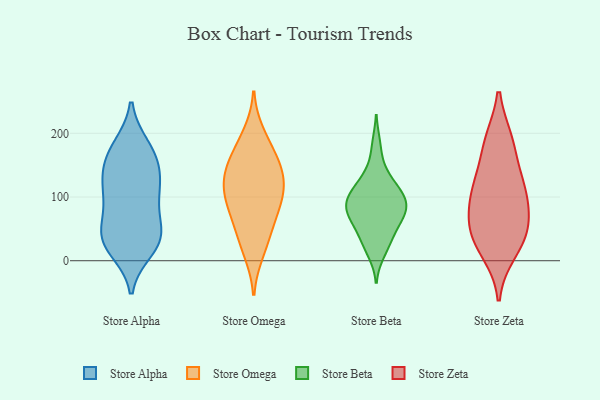
{"axis": {"x": "Bounce Rate (%)", "y": "Value"}, "legend": ["Store Alpha", "Store Beta", "Store Omega", "Store Zeta"], "data": [{"x": "", "y": 37, "type": "Store Alpha"}, {"x": "", "y": 171, "type": "Store Alpha"}, {"x": "", "y": 172, "type": "Store Alpha"}, {"x": "", "y": 29, "type": "Store Alpha"}, {"x": "", "y": 97, "type": "Store Alpha"}, {"x": "", "y": 143, "type": "Store Alpha"}, {"x": "", "y": 179, "type": "Store Alpha"}, {"x": "", "y": 39, "type": "Store Alpha"}, {"x": "", "y": 141, "type": "Store Alpha"}, {"x": "", "y": 73, "type": "Store Alpha"}, {"x": "", "y": 33, "type": "Store Alpha"}, {"x": "", "y": 110, "type": "Store Alpha"}, {"x": "", "y": 18, "type": "Store Alpha"}, {"x": "", "y": 101, "type": "Store Alpha"}, {"x": "", "y": 40, "type": "Store Alpha"}, {"x": "", "y": 130, "type": "Store Alpha"}, {"x": "", "y": 28, "type": "Store Omega"}, {"x": "", "y": 57, "type": "Store Omega"}, {"x": "", "y": 136, "type": "Store Omega"}, {"x": "", "y": 96, "type": "Store Omega"}, {"x": "", "y": 121, "type": "Store Omega"}, {"x": "", "y": 62, "type": "Store Omega"}, {"x": "", "y": 156, "type": "Store Omega"}, {"x": "", "y": 181, "type": "Store Omega"}, {"x": "", "y": 88, "type": "Store Omega"}, {"x": "", "y": 113, "type": "Store Omega"}, {"x": "", "y": 154, "type": "Store Omega"}, {"x": "", "y": 199, "type": "Store Omega"}, {"x": "", "y": 139, "type": "Store Omega"}, {"x": "", "y": 98, "type": "Store Omega"}, {"x": "", "y": 13, "type": "Store Omega"}, {"x": "", "y": 56, "type": "Store Beta"}, {"x": "", "y": 144, "type": "Store Beta"}, {"x": "", "y": 98, "type": "Store Beta"}, {"x": "", "y": 86, "type": "Store Beta"}, {"x": "", "y": 124, "type": "Store Beta"}, {"x": "", "y": 33, "type": "Store Beta"}, {"x": "", "y": 118, "type": "Store Beta"}, {"x": "", "y": 70, "type": "Store Beta"}, {"x": "", "y": 85, "type": "Store Beta"}, {"x": "", "y": 109, "type": "Store Beta"}, {"x": "", "y": 26, "type": "Store Beta"}, {"x": "", "y": 97, "type": "Store Beta"}, {"x": "", "y": 182, "type": "Store Beta"}, {"x": "", "y": 12, "type": "Store Beta"}, {"x": "", "y": 51, "type": "Store Beta"}, {"x": "", "y": 72, "type": "Store Beta"}, {"x": "", "y": 74, "type": "Store Beta"}, {"x": "", "y": 94, "type": "Store Beta"}, {"x": "", "y": 125, "type": "Store Zeta"}, {"x": "", "y": 185, "type": "Store Zeta"}, {"x": "", "y": 16, "type": "Store Zeta"}, {"x": "", "y": 112, "type": "Store Zeta"}, {"x": "", "y": 106, "type": "Store Zeta"}, {"x": "", "y": 49, "type": "Store Zeta"}, {"x": "", "y": 46, "type": "Store Zeta"}, {"x": "", "y": 83, "type": "Store Zeta"}, {"x": "", "y": 39, "type": "Store Zeta"}, {"x": "", "y": 186, "type": "Store Zeta"}]}